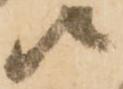
候